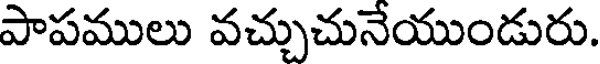
పాపములు వచ్చుచునేయుండురు.